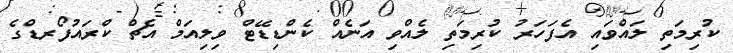
ކުރިމަތި ލައްވައި އެފަަހަރު ކުރިމަތި ލެއްވި އަނެއް ކެންޑިޑޭޓް ވިލިއަމް އެޗް ކްރައުފޯރޑްގެ